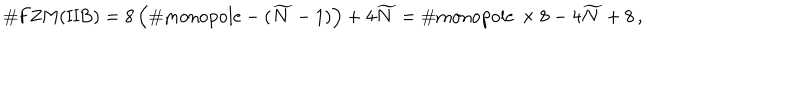
\# \mathrm { F Z M ( I I B ) } = 8 \left( \# \mathrm { m o n o p o l e } - ( \widetilde { N } - 1 ) \right) + 4 \widetilde { N } = \# \mathrm { m o n o p o l e } \, \times 8 - 4 \widetilde { N } + 8 \, ,